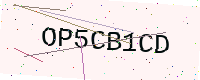
Text: OP5CB1CD